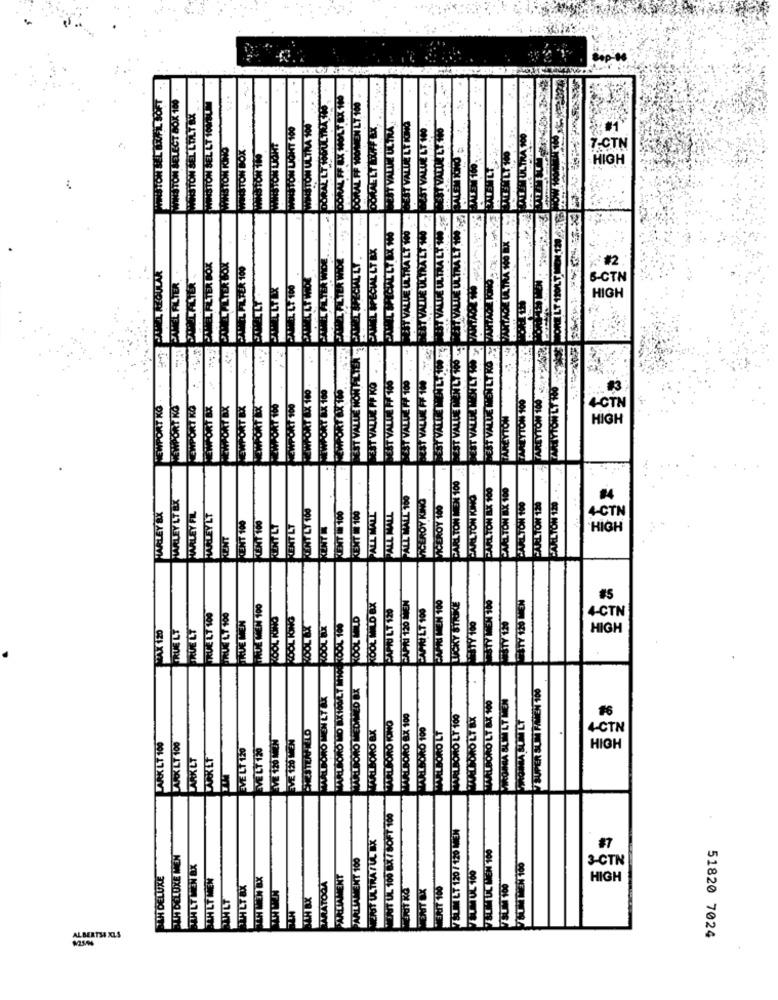
Sop-+
WINSTON SEL SEUFIL SOFT
WINSTON SELECT BOK 100
DORAL FF &X MOLTOX 105
LY.100
WINSTON SEL LT 10LE
DORAL LT WOULTRA 15
WINSTON SEL LOLY RX
ASTON LOHT 100
STON ULTRA 100
BEST VALUE LY KONG
WINSTON KIND
WINSTON BOX
ASTON LIGHT
DONAL FF WO
DONALLTID
VALUE
VALOR
7-CTN
POST VATT
HIGH
100
LAALTER WIDE
ALTER WIOZ
CHEZL REGULAR
LPER 100
*#2
CHIEL FILTER
LLTEX
LLT 160
B-CTN
LACH
HIGH
ON FILTER
ST VALUE MEN LT KO
100
100
EWFORT &X 160
PORT BX 160
WORT &X 100
ARCYTON 100
W 100
NEWPORT KO
NEWPORT KO
SATRX
EMPORT 100
WPORT 100
4-CTN
ST VAL
HIGH
CARLTON MEN 100
CARLTON 120 . ...
PARL TON RX 100
CARLTON BAK 100
MARLEY LT BX
PALL MALL 160
VICEROY KINO
CARLTON KIND
FARLEY FILL
RENT LY 100
VICEROY 100
CARLTON 100
ARLTON 120
HARLEY BX
HARLEY LT
RENT IN 100
KENT 100
PALLMALL
PALL MALL
TENT 100
TENT 100
KENT LT
RENT LT
4-CTN
KENT
HIGH
CAPRI 120 WIEN
WATY 120 MEN
TRUE MEN 100
PAPI LT 120
FAFILT 100
PAPRI MEN 100
TRUE LT 100
TRUE MEN
POOL RINO
ZOOL TONG
KOOL MED
TRUE LY
ROOL BX
ROOL BX
KOOL 100
4-CTN
HIGH
WAALBORO MEN LY AX
MARLBORO PREDATED BX
SUPER SUM PIMEN 100
WIRONNA BUILT MEN
MARLBORO LT AX
MARLBORO KOINO
TAALBORO BX 100
MARLBORO LY 100
#6
TAALSORO 100
EVE 126 MEN
EVE 120 MEN
MARLBORO LT
4-CTN
PARK LT 100
LARKLT 100
EVE LT 120
EVE LY 120
PARKLT
CARR LT
HIGH
WORST UL 100 BX / SOFT 100
SULT 120 / 120 MEN
MEIST ULTRA FUL EX
POURTUL WEN 100
BAH DELUXE MEN
PARLAMENT 100
POSTUL 100
#7
SUMMEN 100
FAN DELUXE
SATH LT MEN
PARATODA
PARLIAMENT
3-CTN
ZAHLT
THEY BX
PENTAX
MERIT 100
HIGH
ALBERT34 XLS
51820 7024